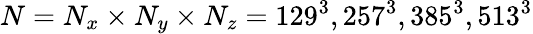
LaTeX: N=N_{x}\times N_{y}\times N_{z}=129^{3},257^{3},385^{3},513^{3}